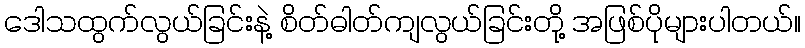
ဒေါသထွက်လွယ်ခြင်းနဲ့ စိတ်ဓါတ်ကျလွယ်ခြင်းတို့ အဖြစ်ပိုများပါတယ်။